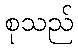
စုသည်